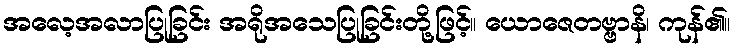
အလေ့အလာပြုခြင်း အရိုအသေပြုခြင်းတို့ဖြင့်။ ယောဇေတဗ္ဗာနိ၊ ကုန်၏။